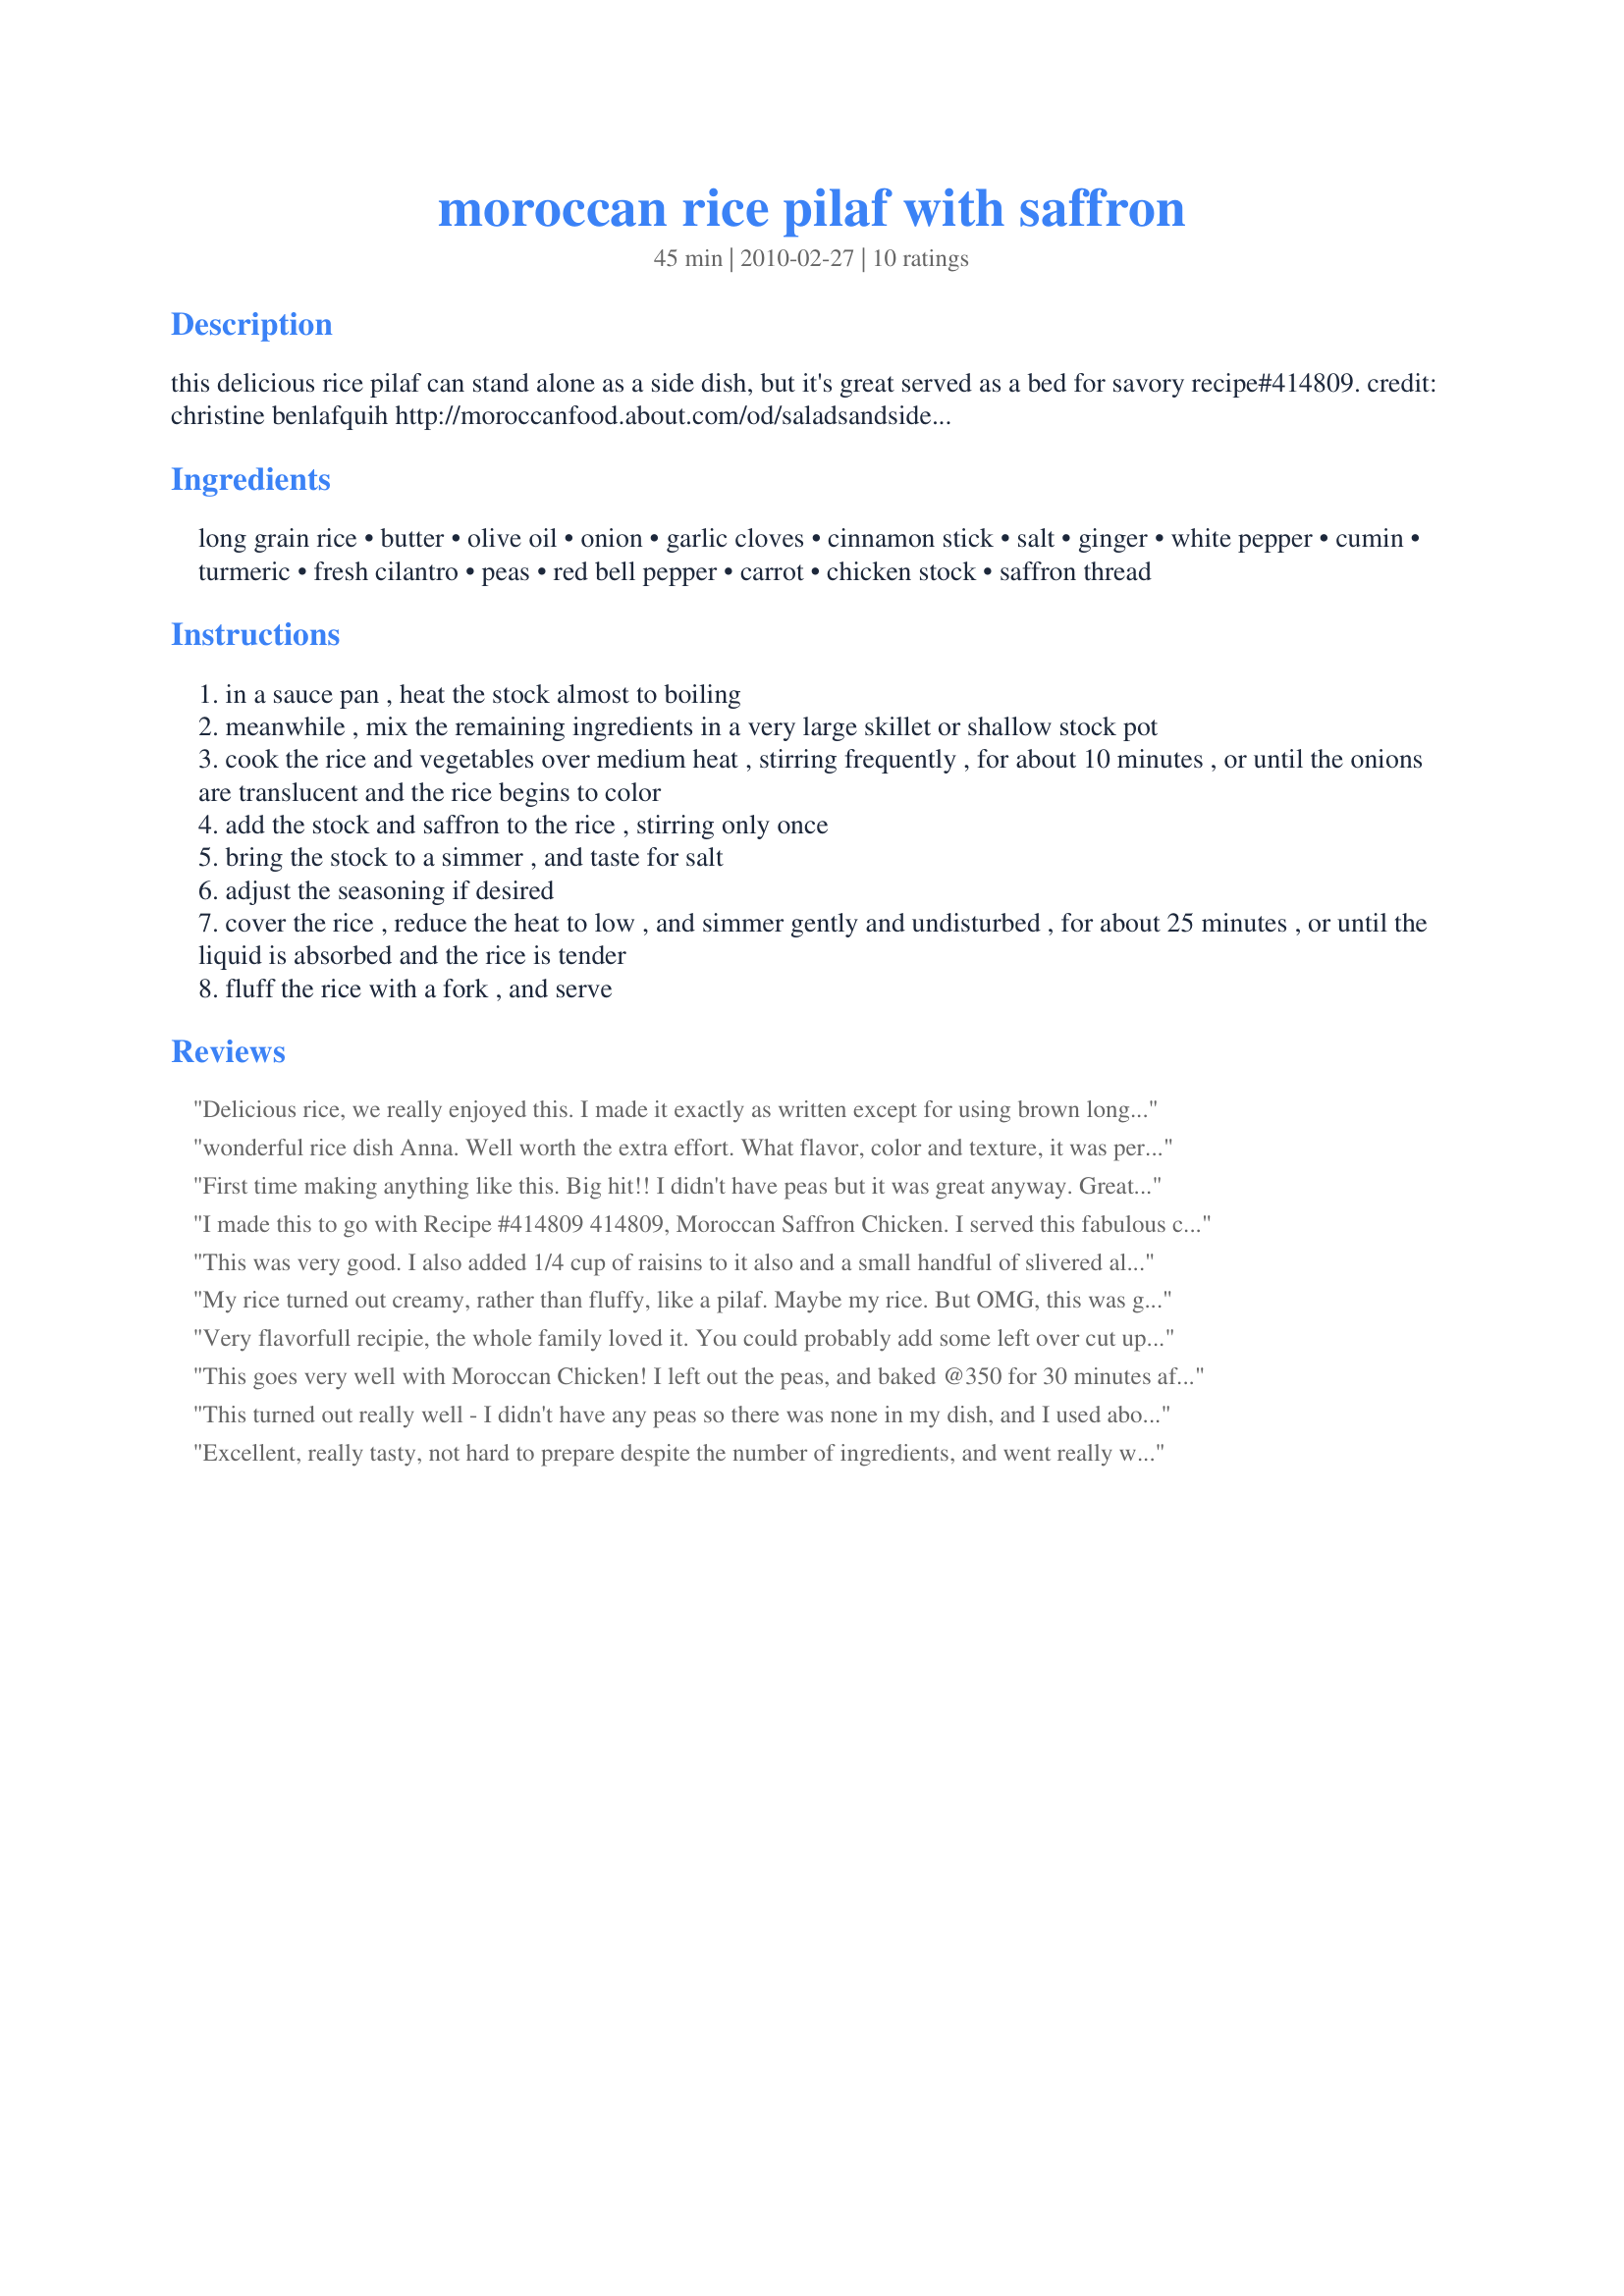
moroccan rice pilaf with saffron
Preparation time: 45 minutes

this delicious rice pilaf can stand alone as a side dish, but it's great served as a bed for savory recipe#414809.

credit: christine benlafquih
http://moroccanfood.about.com/od/saladsandsidedishes/r/mor_rice_pilaf.htm

Ingredients:
long grain rice, butter, olive oil, onion, garlic cloves, cinnamon stick, salt, ginger, white pepper, cumin, turmeric, fresh cilantro, peas, red bell pepper, carrot, chicken stock, saffron thread

Steps:
in a sauce pan , heat the stock almost to boiling
meanwhile , mix the remaining ingredients in a very large skillet or shallow stock pot
cook the rice and vegetables over medium heat , stirring frequently , for about 10 minutes , or until the onions are translucent and the rice begins to color
add the stock and saffron to the rice , stirring only once
bring the stock to a simmer , and taste for salt
adjust the seasoning if desired
cover the rice , reduce the heat to low , and simmer gently and undisturbed , for about 25 minutes , or until the liquid is absorbed and the rice is tender
fluff the rice with a fork , and serve

Reviews:
Delicious rice, we really enjoyed this. I made it exactly as written except for using brown long grain rice, oil in place of butter and veg stock in place of chicken. I needed to add about 1/4 cup more broth due to using brown rice. It makes quite a large quantity so we'll be enjoying the leftovers today, and I bet the flavours will be even better. Thanks for sharing Annacia!
wonderful rice dish Anna. Well worth the extra effort. What flavor, color and texture, it was perfect. We loved all the different layers of flavor. I omitted the peas by error, I forgot to put them in, I must admit we didn't miss them. Thank you so much for sharing another wonderful dish, we had a great meal, I served this with your recipe #414809. Truly a taste experience thanks for sharing my little Pac baby. :)
First time making anything like this. Big hit!! I didn't have peas but it was great anyway. Great recipe. Sounds like alot but not hard to make at all.
I made this to go with Recipe #414809 414809, Moroccan Saffron Chicken. I served this fabulous chicken on top of this rice, and it was absolutely wonderful. I have to admit, I am not a rice fan, so this is a wonderful success with me!! I could see eating this all on its on...amazing for me!! Thanks for sharing Annacia!
This was very good. I also added 1/4 cup of raisins to it also and a small handful of slivered almonds. Yum
My rice turned out creamy, rather than fluffy, like a pilaf. Maybe my rice. But OMG, this was good. The whole family said so. A great bed for Recipe#418226. Thanks for sharing - we had a delicious dinner!
Very flavorfull recipie, the whole family loved it. You could probably add some left over cut up chicken and it would make a meal in it self. Definetly a keeper!
This goes very well with Moroccan Chicken! I left out the peas, and baked @350 for 30 minutes after bringing broth to a boil with rice mixture. Rice turned out perfect! (I try to bake rice, because I always mess up stove top rice). I also added a pinch of red pepper.
This turned out really well - I didn't have any peas so there was none in my dish, and I used about 1/2 cup of raisins as well. I added the fresh coriander after the rice was cooked. Great seasoning profile, and I'll definitely make this one again.
Excellent, really tasty, not hard to prepare despite the number of ingredients, and went really well with the Moroccan style fish (414296).

I recommend melting the butter in the second pan before adding the rest of the ingredients, otherwise it could get coated in rice and not melt, and then the rice will burn.
